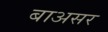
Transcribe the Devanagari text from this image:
बाअसर